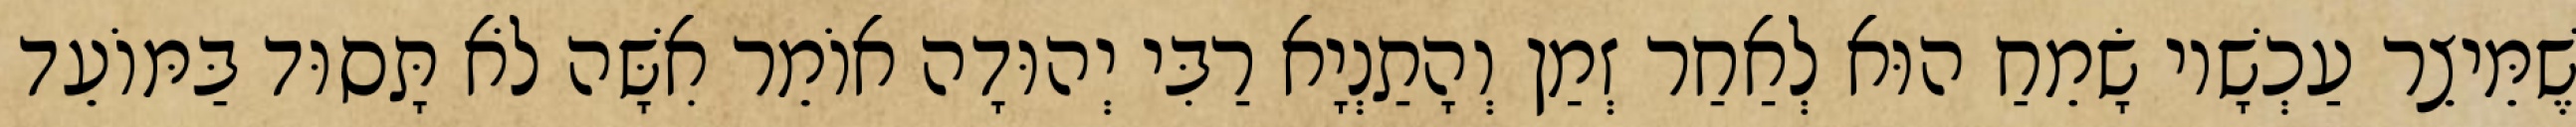
שֶׁמֵּיצֵר עַכְשָׁיו שָׂמֵחַ הוּא לְאַחַר זְמַן וְהָתַנְיָא רַבִּי יְהוּדָה אוֹמֵר אִשָּׁה לֹא תָּסוּד בַּמּוֹעֵד